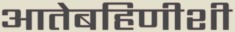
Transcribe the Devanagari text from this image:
आतेबहिणीशी